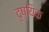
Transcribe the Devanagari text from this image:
दृष्यिक